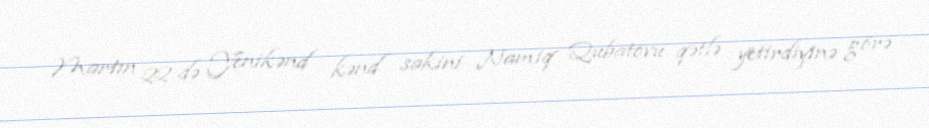
Martın 22-də Yenikənd kənd sakini Namiq Qubatovu qətlə yetirdiyinə görə